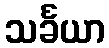
သင်္ခယာ